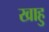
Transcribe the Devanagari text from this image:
खाहु